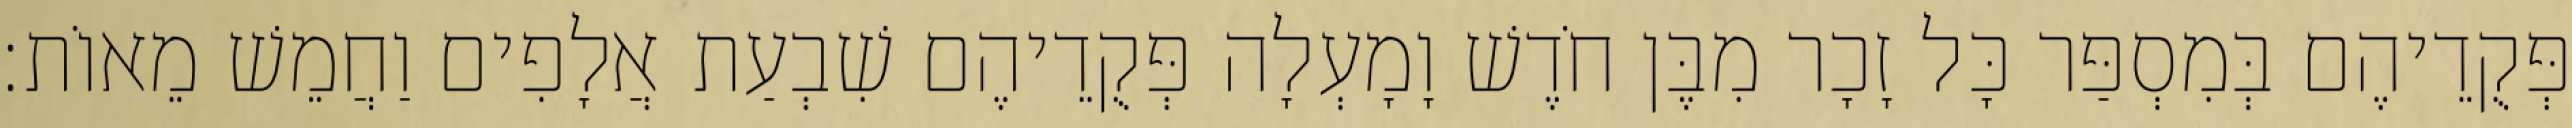
פְּקֻדֵיהֶם בְּמִסְפַּר כָּל זָכָר מִבֶּן חֹדֶשׁ וָמָעְלָה פְּקֻדֵיהֶם שִׁבְעַת אֲלָפִים וַחֲמֵשׁ מֵאוֹת׃